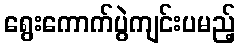
ရွေးကောက်ပွဲကျင်းပမည့်